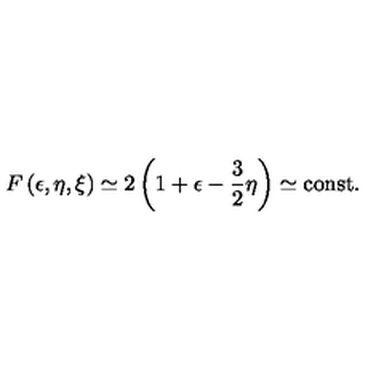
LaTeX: F \left( \epsilon , \eta , \xi \right) \simeq 2 \left( 1 + \epsilon - { \frac { 3 } { 2 } } \eta \right) \simeq \mathrm { c o n s t . }